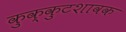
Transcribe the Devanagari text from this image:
कुक्कुटशावक